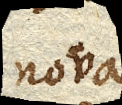
nova